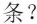
条？